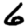
Digit: 6